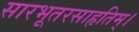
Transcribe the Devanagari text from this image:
सारभूतरसाहृतिम्।